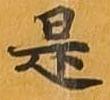
是